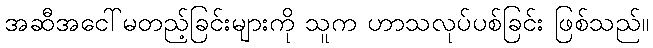
အဆီအငေါ်မတည့်ခြင်းများကို သူက ဟာသလုပ်ပစ်ခြင်း ဖြစ်သည်။